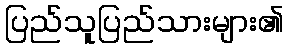
ပြည်သူပြည်သားများ၏